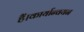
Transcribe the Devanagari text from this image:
हैं।कार्यान्वयन